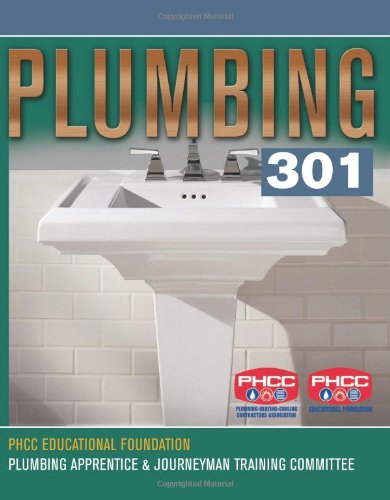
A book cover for Plumbing 301; PHCC Educational Foundation; Science & Math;